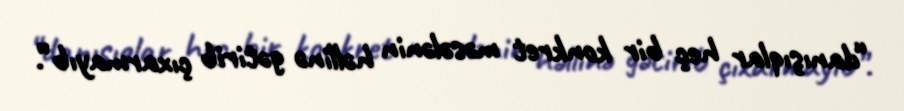
“danışıqlar heç bir konkret məsələnin həllinə gətirib çıxarmayıb”.